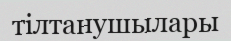
тілтанушылары